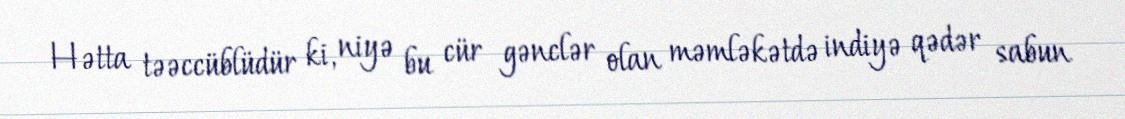
Hətta təəccüblüdür ki, niyə bu cür gənclər olan məmləkətdə indiyə qədər sabun